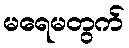
မရေမတွက်